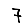
Digit: 7